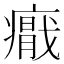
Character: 𭼪